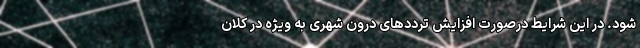
شود. در این شرایط درصورت افزایش ترددهای درون شهری به ویژه در کلان